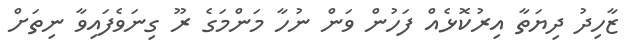
ޒާހިދު ދިޔަތާ އިރުކޮޅެއް ފަހުން ވަން ނުހާ މަންމަގެ ރޫ ގިނަވެފައިވާ ނިތަށް